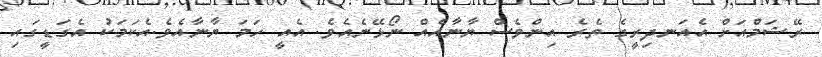
ރޭޝަމްއަށް އެއަނދިރީގެ ތެރެ އިންވެސް ޔާނާއެއް ނޯޅޭނެއެވެ. އެއީ ހަމަ ޔާނާއެވެ.އެކަމަކު އެގަޑީގައި